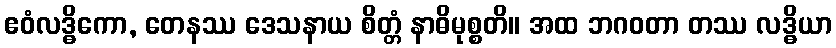
ဧဝံလဒ္ဓိကော, တေနဿ ဒေသနာယ စိတ္တံ နာဓိမုစ္စတိ။ အထ ဘဂဝတာ တဿ လဒ္ဓိယာ